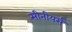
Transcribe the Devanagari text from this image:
सीनीयर्स